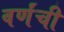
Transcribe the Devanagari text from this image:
वर्णंची